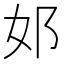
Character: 邚